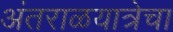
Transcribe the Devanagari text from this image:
अंतराळयात्रेचा